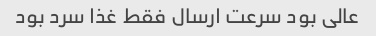
عالی بود سرعت ارسال فقط غذا سرد بود